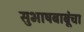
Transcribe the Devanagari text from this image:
सुभाषबाबूंचा